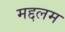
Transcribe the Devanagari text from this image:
मद्दलम